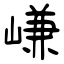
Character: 嵰